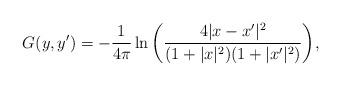
LaTeX: \begin{align*}G(y,y')=-\frac{1}{4\pi}\ln{\left(\frac{4|x-x'|^2}{(1+|x|^2)(1+|x'|^2)}\right)},\end{align*}